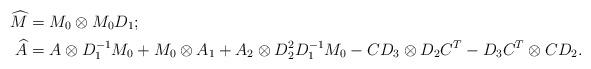
LaTeX: \begin{align*}\widehat{M} &= M_0\otimes M_0 D_1;\\\widehat{A} &= A\otimes D_1^{-1} M_0+ M_0\otimes A_1 + A_2 \otimes D_2^{2} D_1^{-1} M_0 - C D_3\otimes D_2 C^T - D_3 C^T \otimes C D_2.\end{align*}